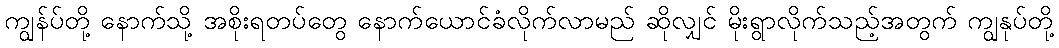
ကျွန်ပ်တို့ နောက်သို့ အစိုးရတပ်တွေ နောက်ယောင်ခံလိုက်လာမည် ဆိုလျှင် မိုးရွာလိုက်သည့်အတွက် ကျွနုပ်တို့